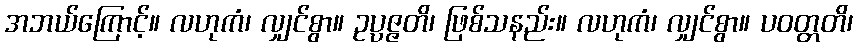
အဘယ်ကြောင့်။ လဟုကံ၊ လျှင်စွာ။ ဥပ္ပဇ္ဇတိ၊ ဖြစ်သနည်း။ လဟုကံ၊ လျှင်စွာ။ ပဝတ္တတိ၊